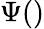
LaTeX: \Psi()